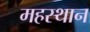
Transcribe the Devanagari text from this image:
महस्थान